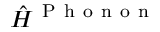
\hat { H } ^ { \mathrm { ~ P ~ h ~ o ~ n ~ o ~ n ~ } }